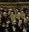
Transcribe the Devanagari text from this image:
धनच